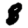
Digit: 8